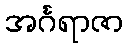
အင်္ဂရာဇာ